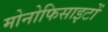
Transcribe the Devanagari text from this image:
मोनोफिसाइटों